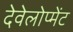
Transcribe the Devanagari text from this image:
देवेलोप्मेंट